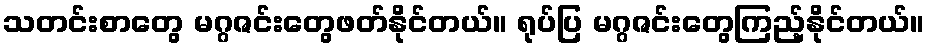
သတင်းစာတွေ မဂ္ဂဇင်းတွေဖတ်နိုင်တယ်။ ရုပ်ပြ မဂ္ဂဇင်းတွေကြည့်နိုင်တယ်။